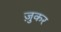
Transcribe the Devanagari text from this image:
ज़ुकर